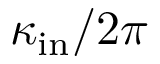
\kappa _ { \mathrm { i n } } / 2 \pi